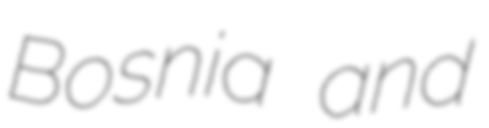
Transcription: Bosnia and